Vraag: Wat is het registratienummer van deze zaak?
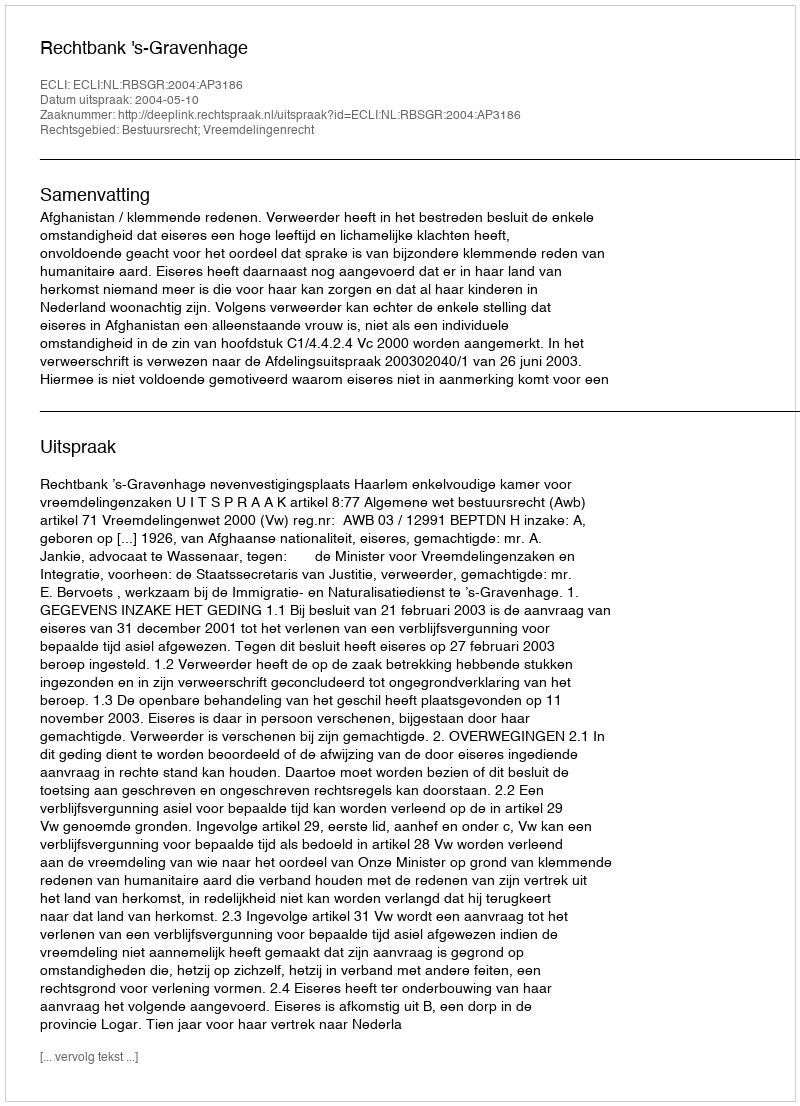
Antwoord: http://deeplink.rechtspraak.nl/uitspraak?id=ECLI:NL:RBSGR:2004:AP3186